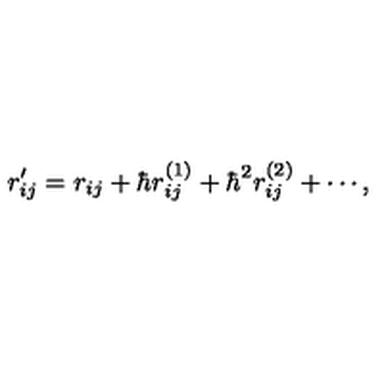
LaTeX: r _ { i j } ^ { \prime } = r _ { i j } + \hbar r _ { i j } ^ { ( 1 ) } + \hbar ^ { 2 } r _ { i j } ^ { ( 2 ) } + \cdots ,